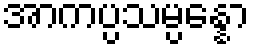
အာကပ္ပသမ္ပန္နော